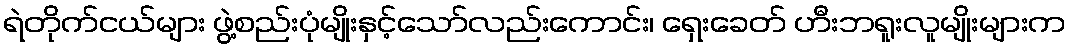
ရဲတိုက်ငယ်များ ဖွဲ့စည်းပုံမျိုးနှင့်သော်လည်းကောင်း၊ ရှေးခေတ် ဟီးဘရူးလူမျိုးများက